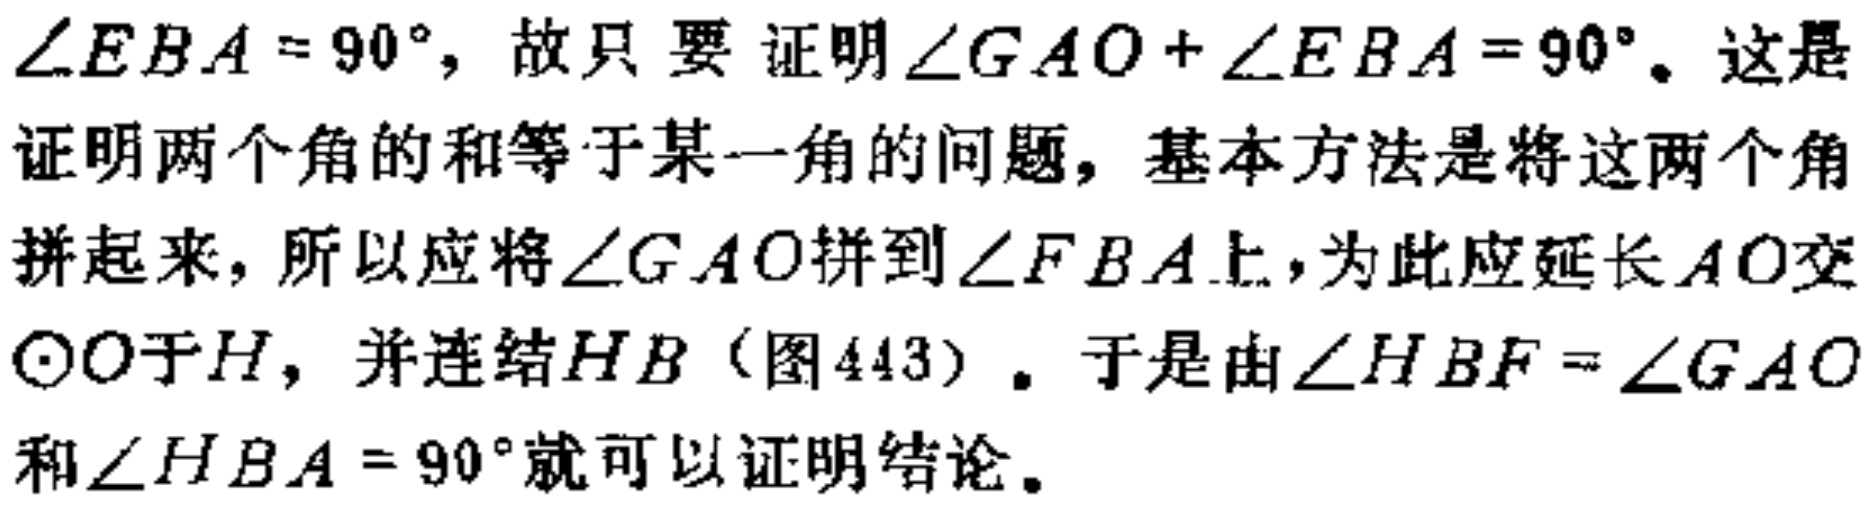
$\angle EBA = 90^{\circ}$，故只要证明$\angle GAO + \angle EBA = 90^{\circ}$。这是证明两个角的和等于某一角的问题，基本方法是将这两个角拼起来，所以应将$\angle GAO$拼到$\angle FBA$上，为此应延长$AO$交$\odot O$于$H$，并连结$HB$（图443）。于是由$\angle HBF = \angle GAO$和$\angle HBA = 90^{\circ}$就可以证明结论。